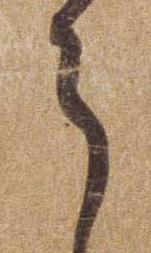
ら